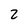
Character: 2